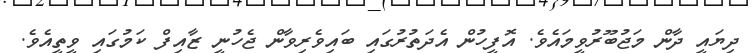
ދިޔައީ ދާން މަޖުބޫރުވީމައެވެ. އޮފީހުން އެދަތުރުގައި ބައިވެރިވާން ޖެހުނީ ޒާއިފް ކަމުގައި ވީތީއެވެ.